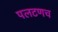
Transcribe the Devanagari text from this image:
पलटणच